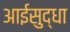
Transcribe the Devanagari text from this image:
आईसुद्धा